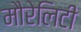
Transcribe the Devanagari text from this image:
मौरेलिटी